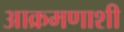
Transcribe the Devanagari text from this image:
आक्रमणाशी